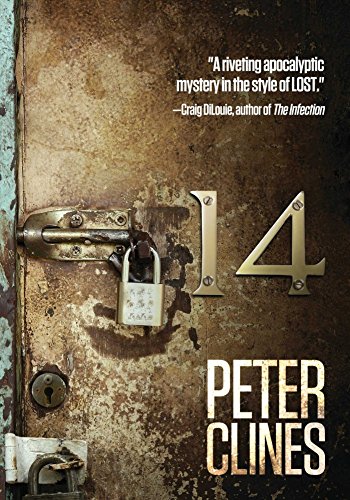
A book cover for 14; Peter Clines; Mystery, Thriller & Suspense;